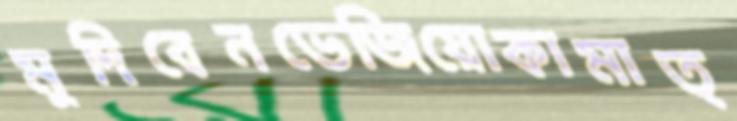
মুদিবেনভেজিয়োকামাত্